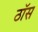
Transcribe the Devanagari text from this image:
ठॉस